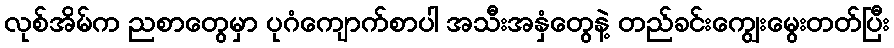
လုစ်အိမ်က ညစာတွေမှာ ပုဂံကျောက်စာပါ အသီးအနှံတွေနဲ့ တည်ခင်းကျွေးမွေးတတ်ပြီး